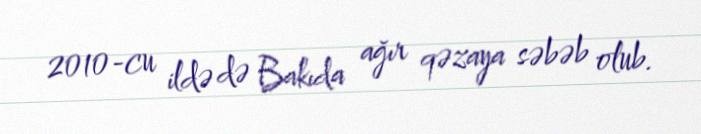
2010-cu ildə də Bakıda ağır qəzaya səbəb olub.